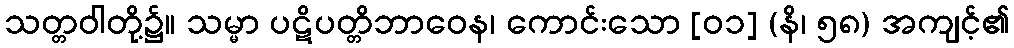
သတ္တဝါတို့၌။ သမ္မာ ပဋိပတ္တိဘာဝေန၊ ကောင်းသော [၀၁] (နိ၊ ၅၈) အကျင့်၏